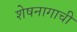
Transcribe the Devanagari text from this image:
शेषनागाची